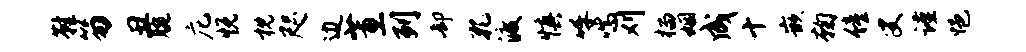
鞋笏丑腕庀悦枕咫边蕙列却孔渡慎呼喘刈榴姻成十嵌鞠僮叟谨悒